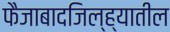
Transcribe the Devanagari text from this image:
फैजाबादजिल्ह्यातील